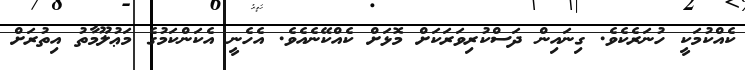
ކެއްކުމަކީ ހުނަރެކެވެ. ގިނައިން ދަސްކުރިވަރަކަށް މޮޅަށް ކެއްކޭނެއެވެ. އެހެނީ އެކަންކަމުގެ މަޢުލޫމާތު އިތުރަށް